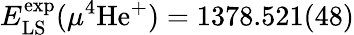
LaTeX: E_{\mathrm{LS}}^{\mathrm{exp}}(\mu^{4}\mathrm{He}^{+})=1378.521(48)